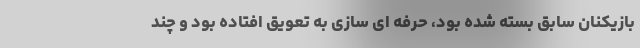
بازیکنان سابق بسته شده بود، حرفه ای سازی به تعویق افتاده بود و چند